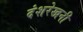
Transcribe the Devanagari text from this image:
दंशरेखनी